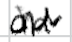
Text: an
Cross-out: zig-zag
Writing tool: digital_black